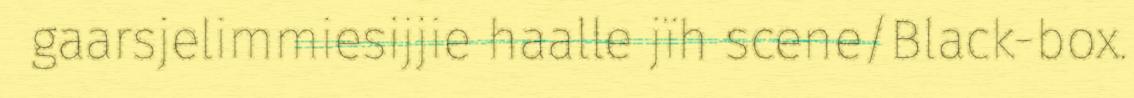
gaarsjelimmiesijjie haalle jïh scene/Black-box.